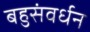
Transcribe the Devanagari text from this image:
बहुसंवर्धन